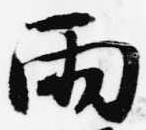
雨